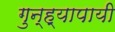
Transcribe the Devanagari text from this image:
गुन्ह्यापायी